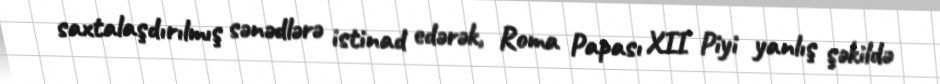
saxtalaşdırılmış sənədlərə istinad edərək, Roma Papası XII Piyi yanlış şəkildə